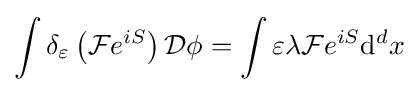
\int \delta _{\varepsilon }\left({\mathcal {F}}e^{iS}\right){\mathcal {D}}\phi =\int \varepsilon \lambda {\mathcal {F}}e^{iS}\mathrm {d} ^{d}x